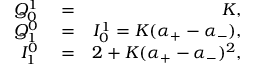
\begin{array} { r l r } { Q _ { 0 } ^ { 1 } } & { { } = } & { K , } \\ { Q _ { 1 } ^ { 0 } } & { { } = } & { I _ { 0 } ^ { 1 } = K ( \alpha _ { + } - \alpha _ { - } ) , } \\ { I _ { 1 } ^ { 0 } } & { { } = } & { 2 + K ( \alpha _ { + } - \alpha _ { - } ) ^ { 2 } , } \end{array}